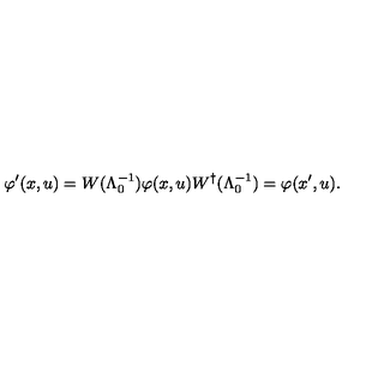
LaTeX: \varphi ^ { \prime } ( x , u ) = W ( \Lambda _ { 0 } ^ { - 1 } ) \varphi ( x , u ) W ^ { \dagger } ( \Lambda _ { 0 } ^ { - 1 } ) = \varphi ( x ^ { \prime } , u ) .